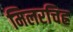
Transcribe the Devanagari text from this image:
मिलरचिह्र